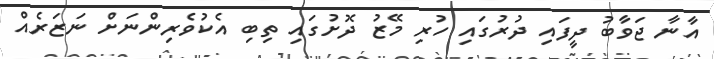
އާނާ ޖަވާބު ދީފައި ދުރުގައި ހުރި މޭޒު ދޮށުގައި ތިބި އެކުވެރިންނަށް ނަޒަރެއް